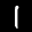
Label: 1